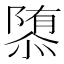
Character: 𮥠